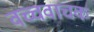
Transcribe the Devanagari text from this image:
वच्चवाचक